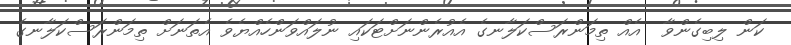
ކަން ލިބިގެންވާ  އެއް ތިމަންރަސްކަލާނގެ އެއުރެންނަށްޓަކައި ނުލައްވަންހެއްޔެވެ އެތަނަށް ތިމަންރަސްކަލާނގެ